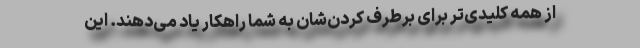
از همه کلیدی‌تر برای برطرف کردن‌شان به شما راهکار یاد می‌دهند. این